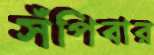
সঁপিবার